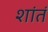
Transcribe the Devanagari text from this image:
शांतं